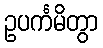
ဥပင်္ကမိတွာ